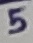
Text: 5